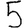
Digit: 5